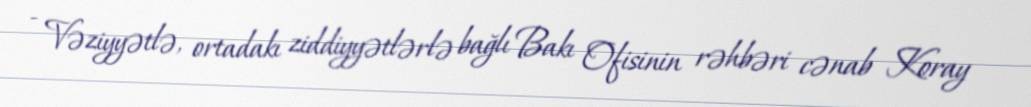
- Vəziyyətlə, ortadakı ziddiyyətlərlə bağlı Bakı Ofisinin rəhbəri cənab Koray